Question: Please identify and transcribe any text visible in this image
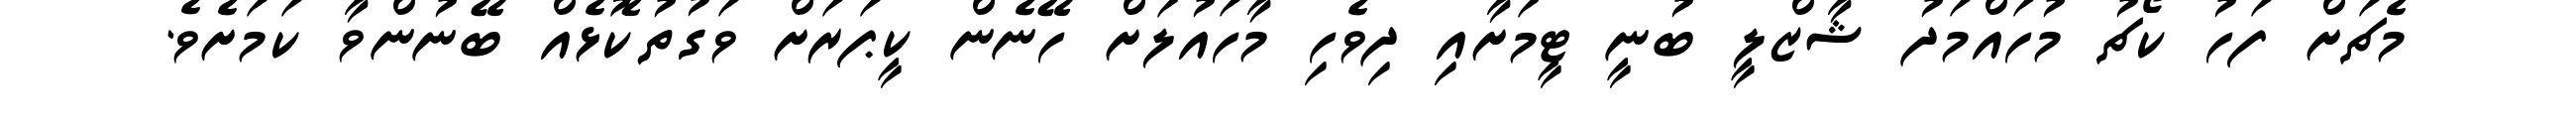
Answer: މެޗަށް ފަހު ކޯޗު މުހައްމަދު ޝާޒްލީ ބުނީ ޓީމަށާއި ދިވެހި މާހައުލަށް ހޭނެން ކީޕަރަށް ވަގުތުކޮޅެއް ބޭނުންވާ ކަމަށެވެ.